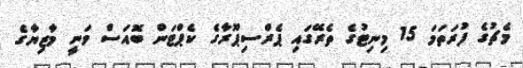
މެޗުގެ ފުރަތަމަ 15 މިނިޓުގެ ތެރޭގައި ޕެރްސިޕޫރާގެ ކެޕްޓަން ބޮއަސް ވަނީ މާޒިޔާގެ